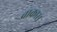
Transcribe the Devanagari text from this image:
वाकास